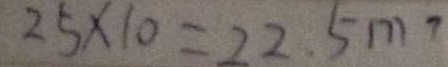
2 5 \times 1 0 = 2 2 . 5 m 7